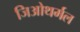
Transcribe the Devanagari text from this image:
जिओथर्मल